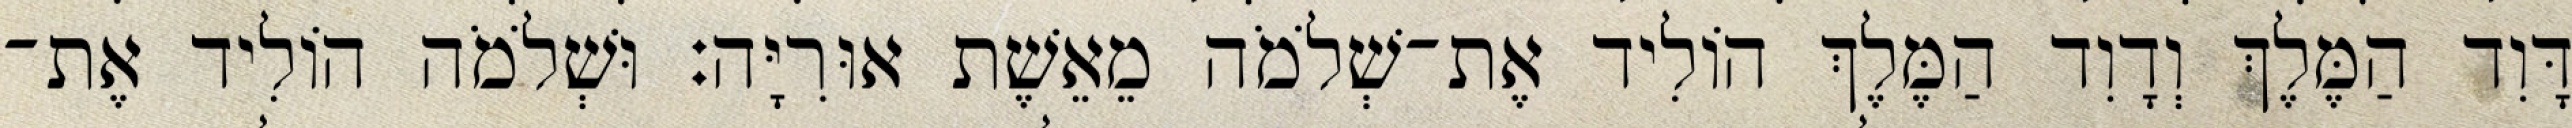
דָּוִד הַמֶּלֶךְ וְדָוִד הַמֶּלֶךְ הוֹלִיד אֶת־שְׁלֹמֹה מֵאֵשֶׁת אוּרִיָּה׃ וּשְׁלֹמֹה הוֹלִיד אֶת־